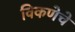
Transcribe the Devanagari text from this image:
विकणेचे